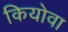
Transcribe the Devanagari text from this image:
कियोवा